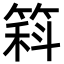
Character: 䈖